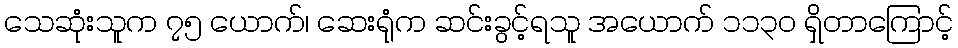
သေဆုံးသူက ၇၅ ယောက်၊ ဆေးရုံက ဆင်းခွင့်ရသူ အယောက် ၁၁၃၀ ရှိတာကြောင့်